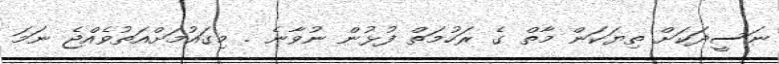
ނަސީދަކަށް ތިޔަކަން މާތް ގެ ރަހުމަތް ފުޅުން ނުވާނެ . މިގައުމަށްއަތުވެއްޖެ ނަމަ